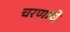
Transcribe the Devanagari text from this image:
चरणाचे